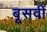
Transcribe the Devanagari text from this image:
बूसवीं